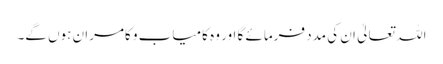
اللہ تعالیٰ ان کی مدد فرمائے گا اور وہ کامیاب و کامران ہوں گے۔